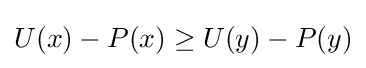
U(x)-P(x)\geq U(y)-P(y)